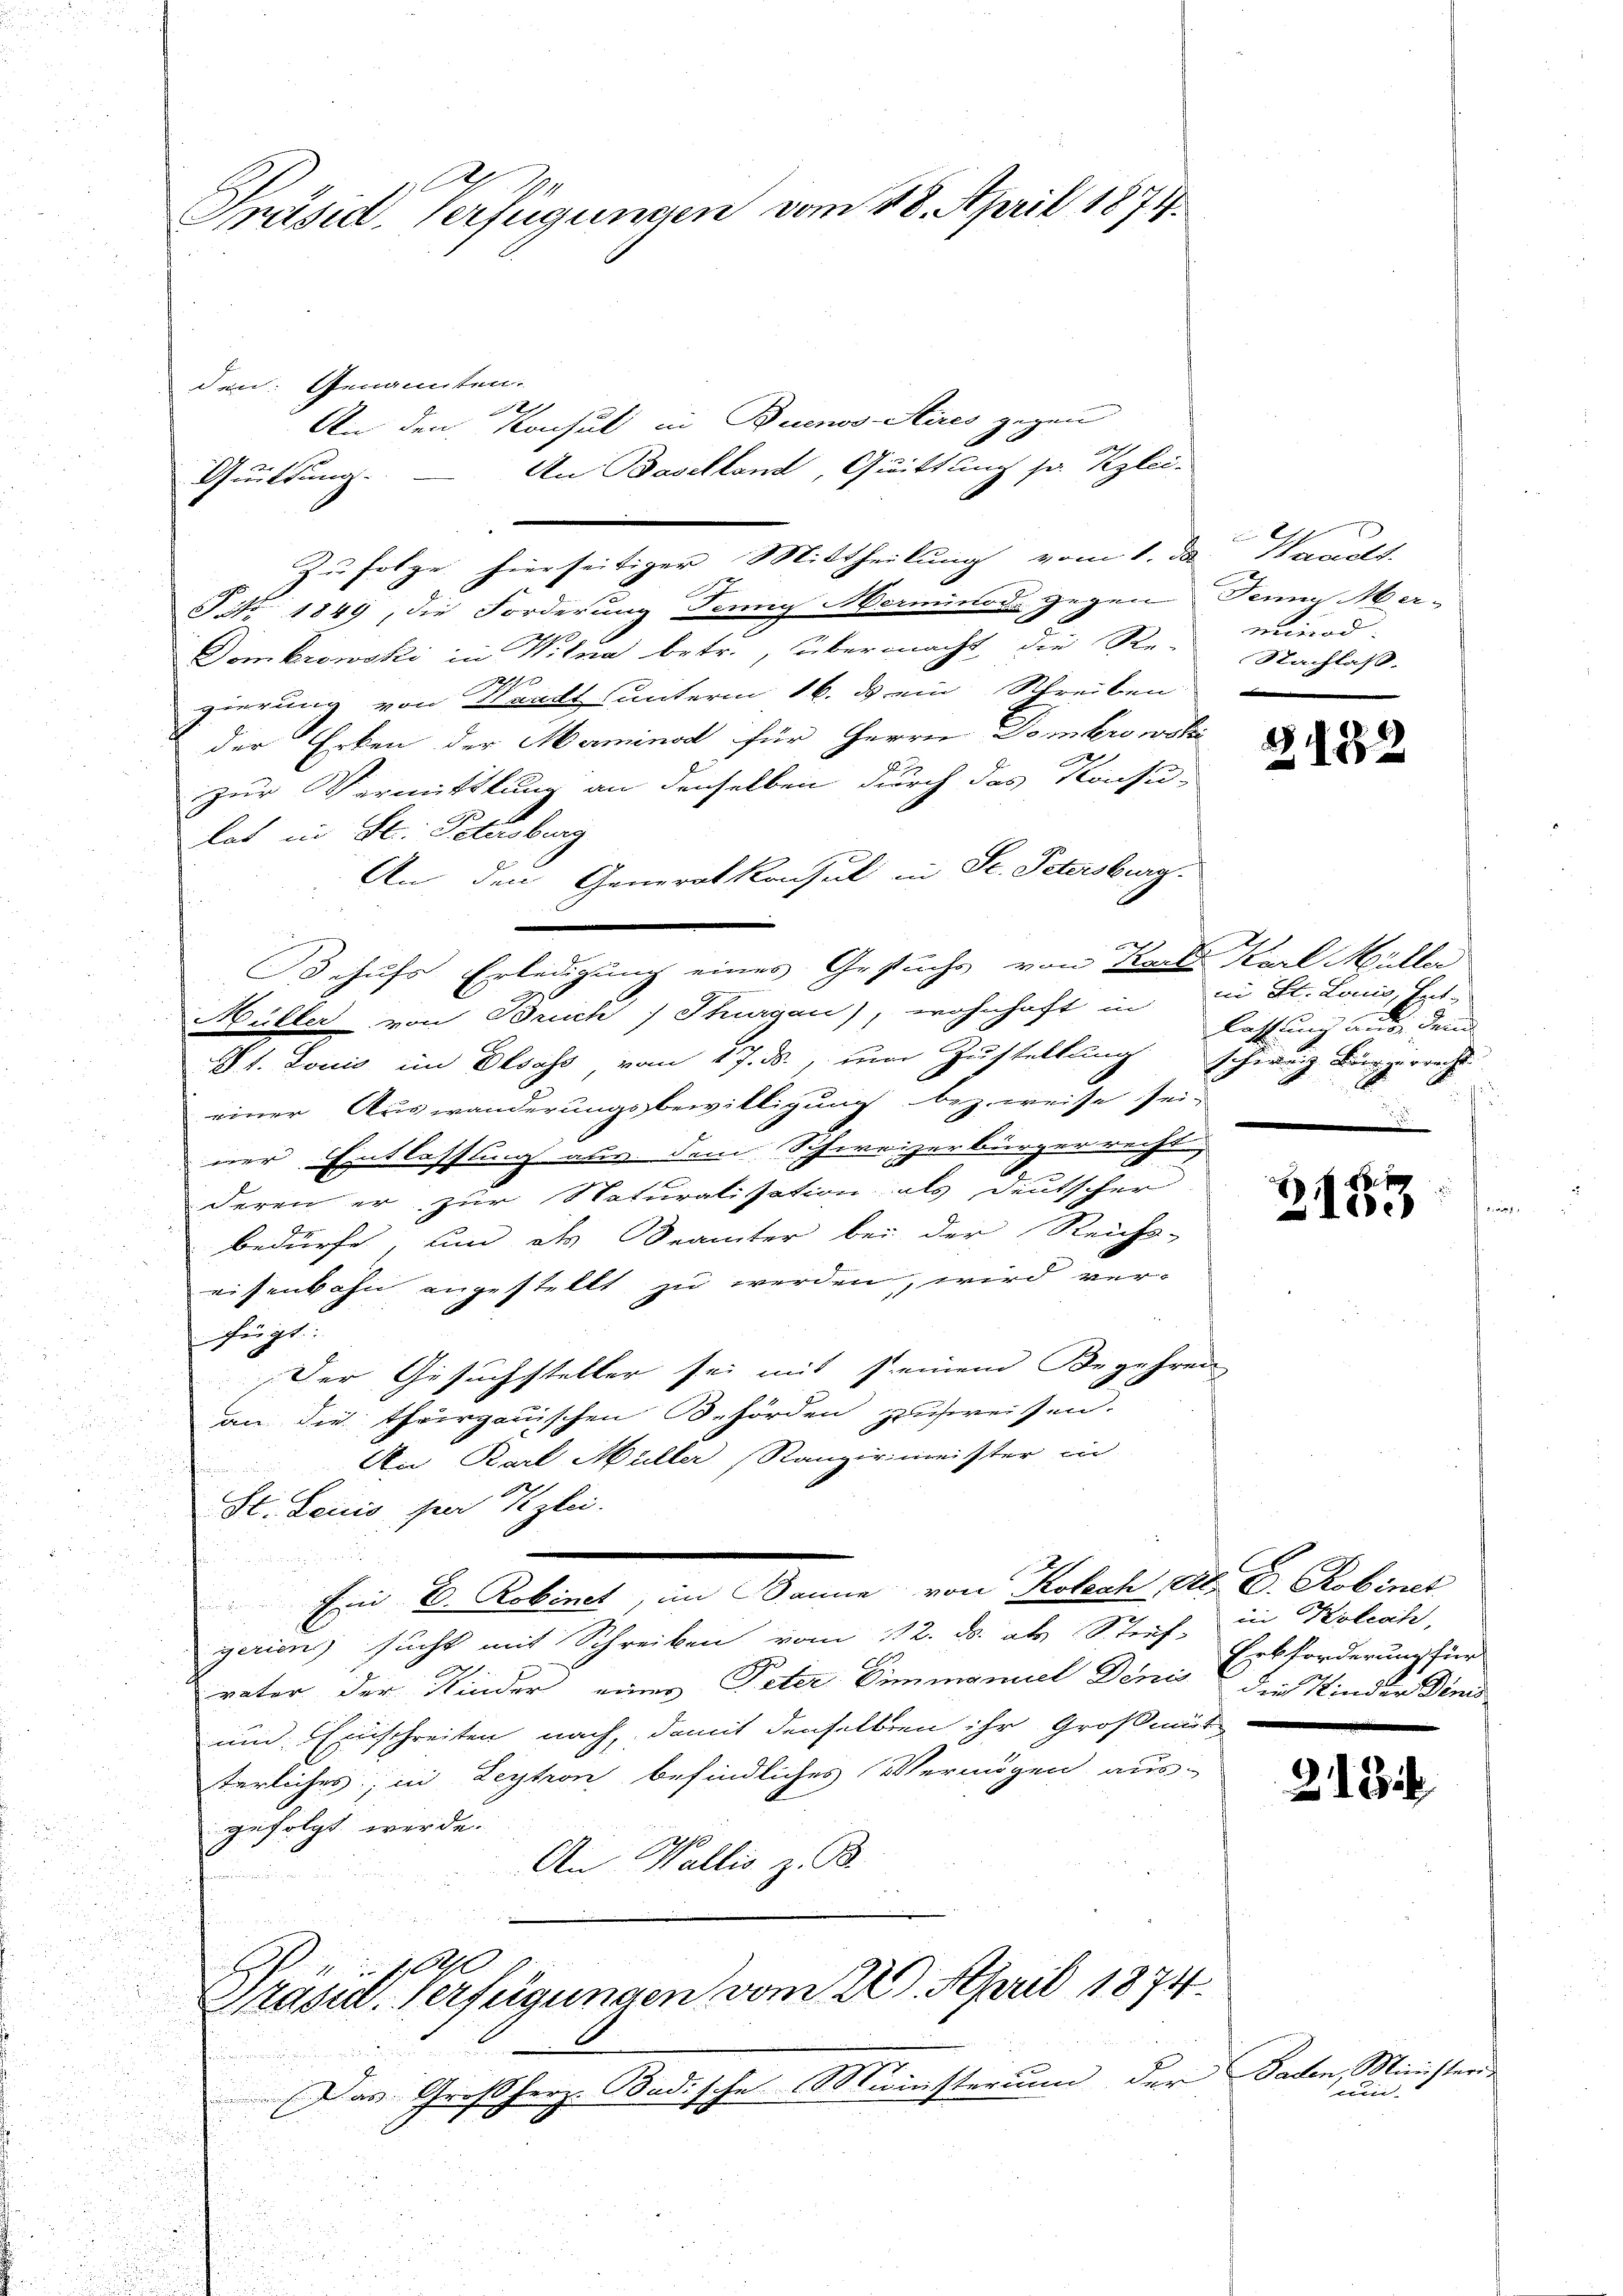
Präsid. Verfügungen vom 28. April 1874.

den: Genannten.
An den Konsul in Buenos-Stires gegen
An Baselland, Quittung pr. Kzlei-
Quittung.
Zufolge hierseitiger Mittheilung vom 1. da Wawalt
TNNo. 1849, die Forderung Jenny Merminod gegen denn Merx
Domkrowski in Witna betr., übermacht die Re-
gierung von Waadt unterm 16. ds ein Schreiben
der Erben der Marminod für Herrn Dombro wohi
zur Vermittlung an denselben durch das Konsu-
lat in St. Petersburg
An den Generalkonsul in St. Petersburg.
e
Behufs Erledigung eines Gesuche von Frk. Karl Müller
Müller von Bruch Thurgau), wohnhaft in zu St. Lauis, Ent-
Vt. Louis im Elsass vom 17. ds., ein Zustellung schweiz Bürgerrecht
einer Auswanderungsbewilligung bezweise sei-
ner Entlassung aus dem Schweizerbürgerrecht
deren er zur Naturalisation als deutscher
bedürfe, und als Beamter bei der Reichs-
eisenbahn angestellt zu werden, wird ver-
fügt:
Der Gesuchsteller sei mit seinem Begehren
an die thurgauischen Behörden zureisen.
An Karl Müller (Ranziriminister in
St. Louis par Kzlei.

Ein E. Robinet, im Banne von Kolech, Al. C. Robinet
gerien sucht mit Schreiben vom 12. ds. als Stief in Kolech,
vater der Kinder eines Peter Limmaniel Denis die Kinder Dimis
und Einschreiten nach, damit denselben ihr Großmut
terliches, in Leytion befindliches Vermögen aus-
gefolgt werde.
26
An Wallis z. B.

Pasul-Verfügungen vom 22. April 1874.

.
Das Großherz. Badische Ministerium der Baden, Ministeris

minod.
Nachlaß.

.
132

lassung auf denn
e
A
e

88.
7
100

Erbforderung für

2121

und-